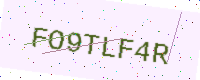
Text: FO9TLF4R